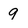
Character: 9